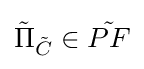
{\textstyle {\tilde {\Pi }}_{\tilde {C}}\in {\tilde {PF}}}